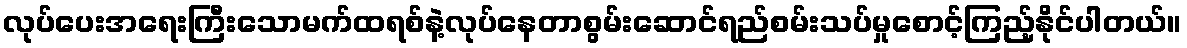
လုပ်ပေးအရေးကြီးသောမက်ထရစ်နဲ့လုပ်နေတာစွမ်းဆောင်ရည်စမ်းသပ်မှုစောင့်ကြည့်နိုင်ပါတယ်။